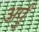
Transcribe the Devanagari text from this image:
अर्पुं